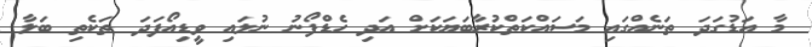
މާ އަޑުގަދަ ތަނެއްގައި މަސައްކަތްކުރާބަޔަކަށް އަދި ހެޑްފޯނު ނުލައި ވީޑިއޯފަދަ ތަކެތި ބަލާ